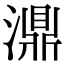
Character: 濎